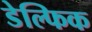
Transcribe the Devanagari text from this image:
डेल्फिक